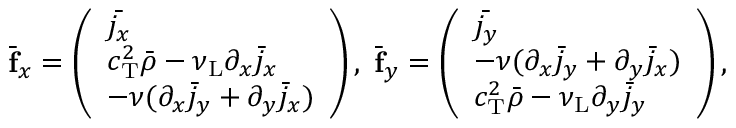
\begin{array} { r } { \bar { \mathbf { f } } _ { x } = \left( \begin{array} { l } { \bar { j _ { x } } } \\ { c _ { \mathrm { T } } ^ { 2 } \bar { \rho } - \nu _ { \mathrm { L } } \partial _ { x } \bar { j } _ { x } } \\ { - \nu ( \partial _ { x } \bar { j } _ { y } + \partial _ { y } \bar { j } _ { x } ) } \end{array} \right) , \; \bar { \mathbf { f } } _ { y } = \left( \begin{array} { l } { \bar { j _ { y } } } \\ { - \nu ( \partial _ { x } \bar { j } _ { y } + \partial _ { y } \bar { j } _ { x } ) } \\ { c _ { \mathrm { T } } ^ { 2 } \bar { \rho } - \nu _ { \mathrm { L } } \partial _ { y } \bar { j } _ { y } } \end{array} \right) , } \end{array}